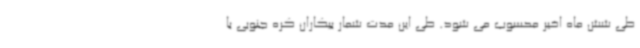
طی شش ماه اخیر محسوب می شود. طی این مدت شمار بیکاران کره جنوبی با